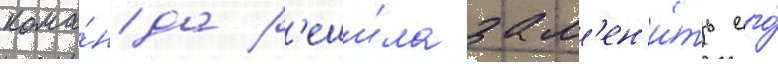
кома́нда р'еши́ла зам'ен'и́ть его́